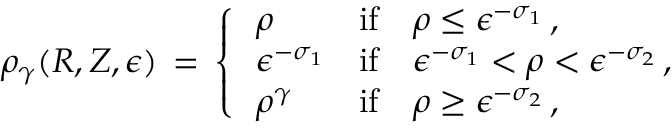
\rho _ { \gamma } ( R , Z , \epsilon ) \, = \, \left\{ \begin{array} { l l } { \, \rho } & { \mathrm { i f } \quad \rho \le \epsilon ^ { - \sigma _ { 1 } } \, , } \\ { \, \epsilon ^ { - \sigma _ { 1 } } } & { \mathrm { i f } \quad \epsilon ^ { - \sigma _ { 1 } } < \rho < \epsilon ^ { - \sigma _ { 2 } } \, , } \\ { \, \rho ^ { \gamma } } & { \mathrm { i f } \quad \rho \ge \epsilon ^ { - \sigma _ { 2 } } \, , } \end{array} \right.